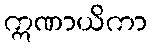
ဣဏာယိကာ